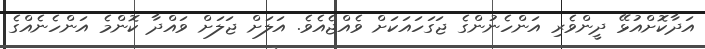
އަދާކޮށްއުޅޭ ދީންވެރި އަންހެނުންގެ ޖަގަހައަކަށް ވެއްޖެއެވެ. އަލަށް ޖަލަށް ވައްދާ ކޮންމެ އަންހެނެއްގެ